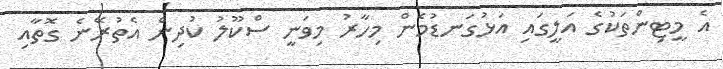
އެ މީޓިންތަކުގެ އަލީގައި އަޅުގަނޑުމެން މިހާރު މިވަނީ ސްކޫލު ކުދިން އެތުރޭނެ ގޮތާއި